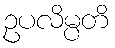
ဥပလိမ္ပတိ